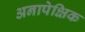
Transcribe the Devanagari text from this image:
अनापेक्षिक